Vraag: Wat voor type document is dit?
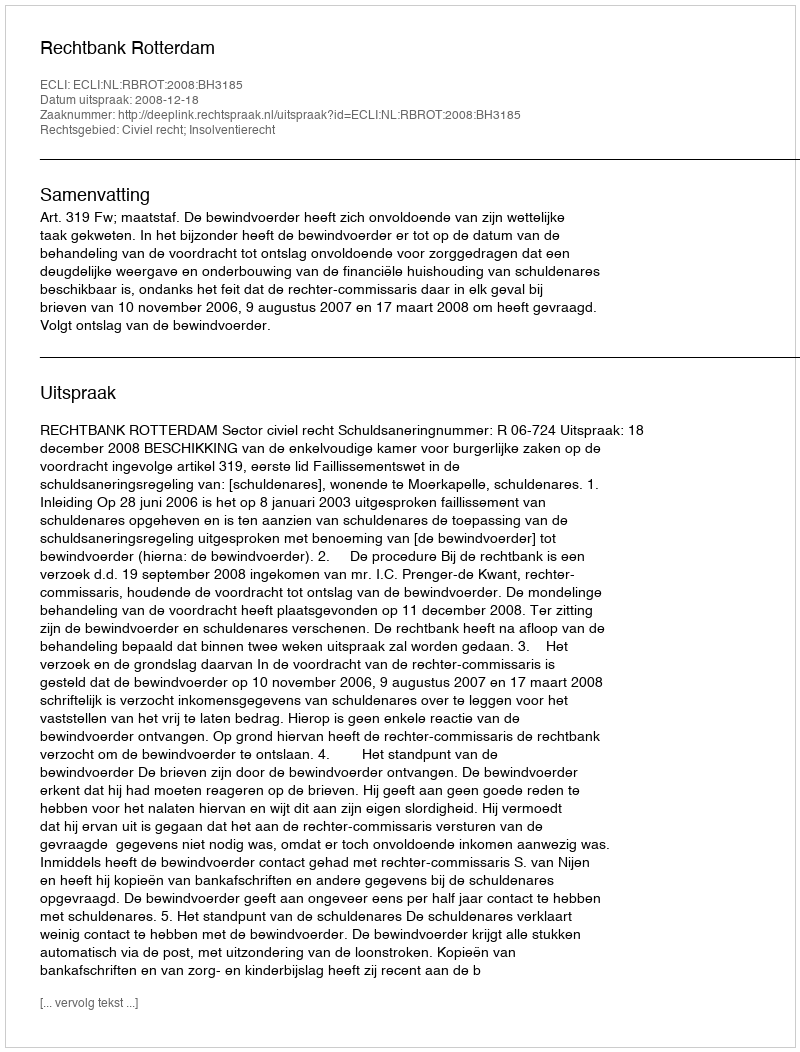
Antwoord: Uitspraak